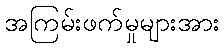
အကြမ်းဖက်မှုများအား